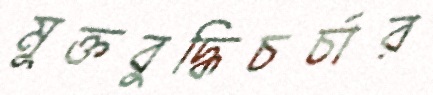
মুক্তবুদ্ধিচর্চার